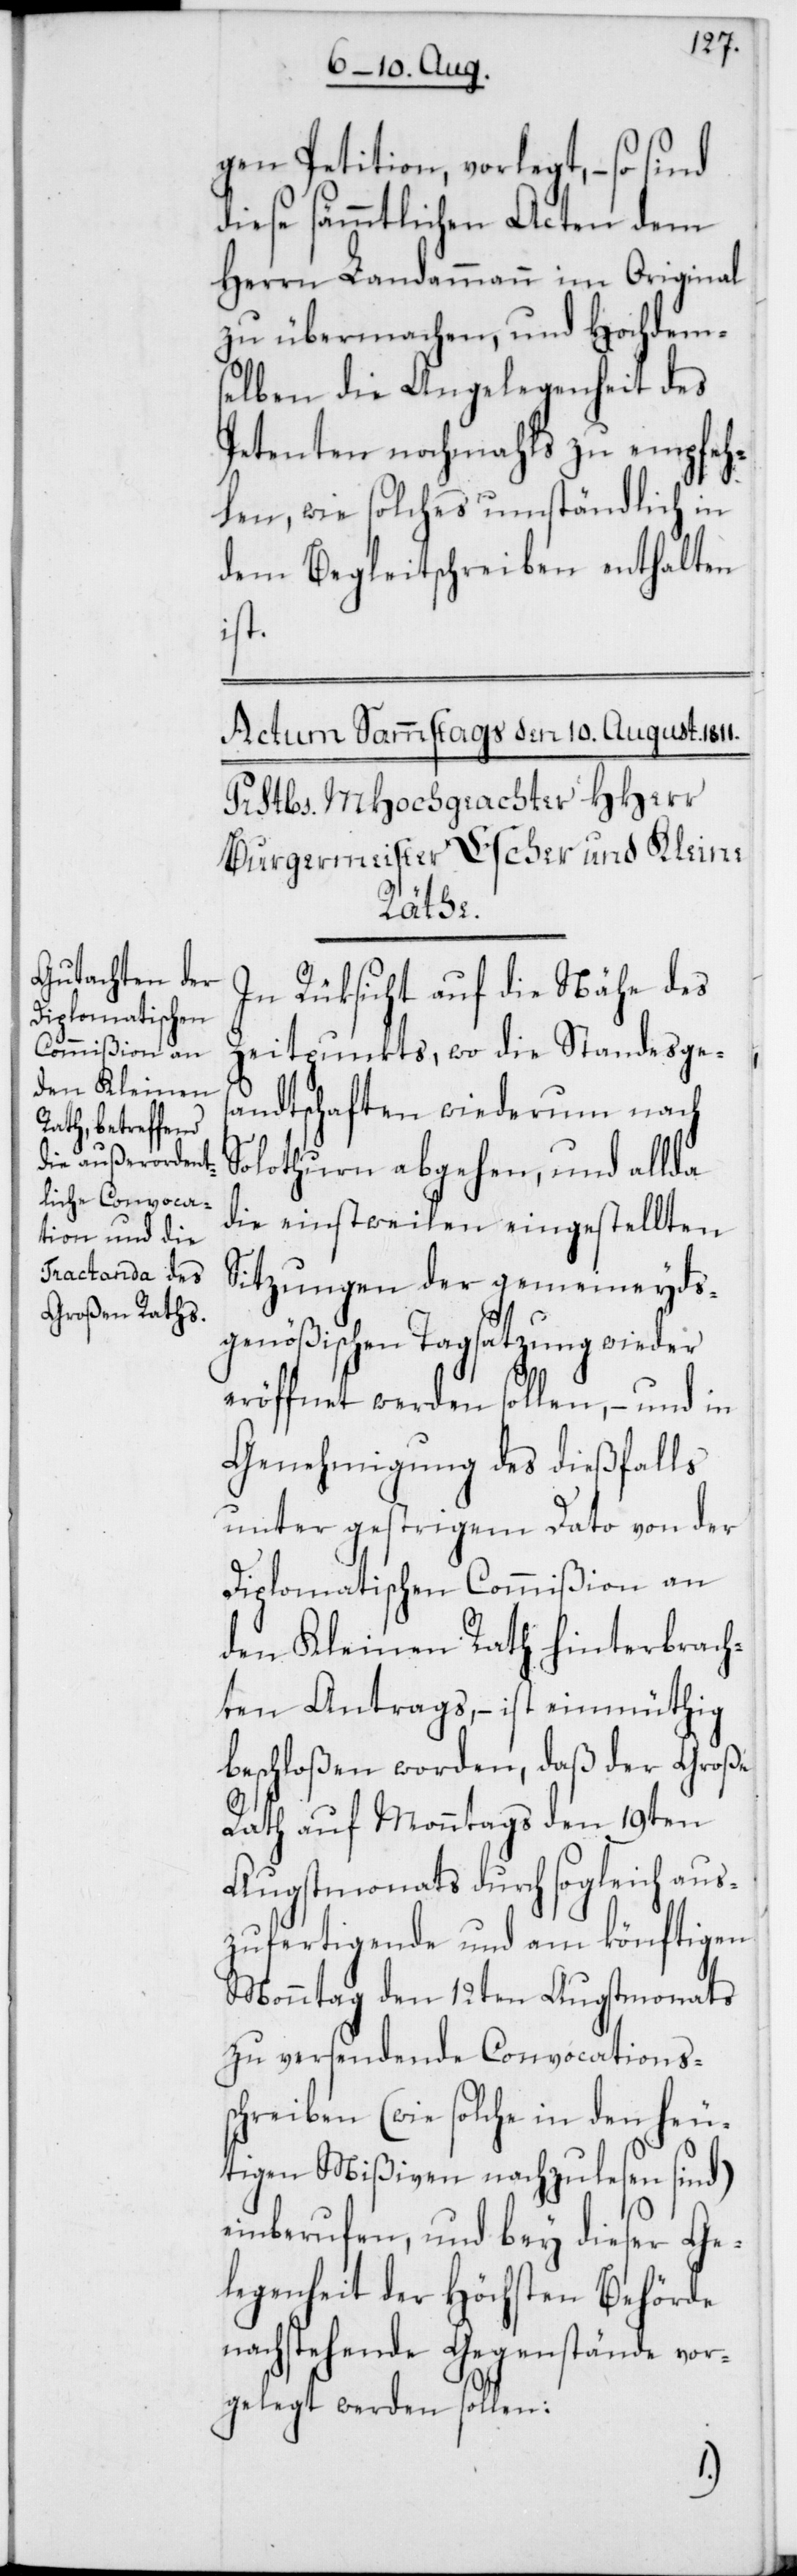
gen Petition, vorlegt, – so sind
diese sämmtlichen Acten dem
Herrn Landammann im Original
zu übermachen, und Hochdem¬
selben die Angelegenheit des
Petenten nochmahls zu empfeh¬
len, wie solches umständlich in
dem Begleitschreiben enthalten
ist.
In Rüksicht auf die Nähe des
Zeitpunkts, wo die Standesges¬
andtschaften wiederum nach
Solothurn abgehen, und allda
die einstweilen eingestellten
Sitzungen der gemeineyds¬
genößischen Tagsatzung wieder
eröffnen werden sollen, – und in
Genehmigung des dießfalls
unter gestrigem Dato von der
Diplomatischen Commißion an
den Kleinen Rath hinterbrach¬
ten Antrags, – ist einmüthig
beschloßen worden, daß der Große
Rath auf Montags den 19ten
Augstmonats durch sogleich aus¬
zufertigende und am könftigen
Montag den 12ten Augstmonats
zu versendende Convocationss¬
chreiben (wie solche in den heu¬
tigen Mißiven nachzulesen sind)
einberufen, und bey dieser Ge¬
legenheit der Höchsten Behörde
nachstehende Gegenstände vor¬
gelegt werden sollen: